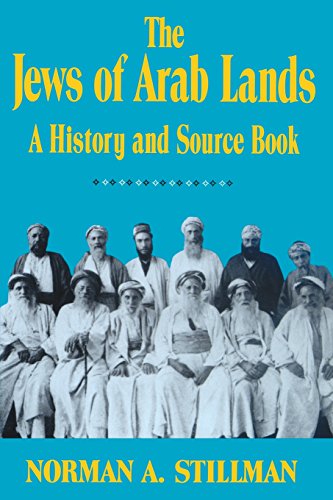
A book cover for Jews of Arab Lands: A History and Source Book; Norman A. Stillman; Biographies & Memoirs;